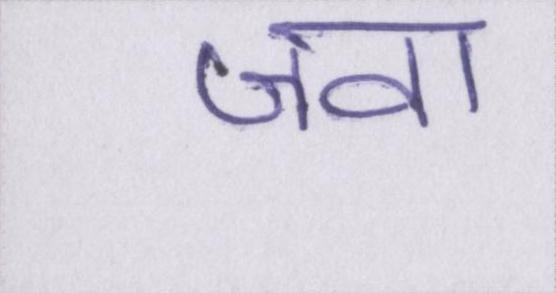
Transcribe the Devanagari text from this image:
जवां